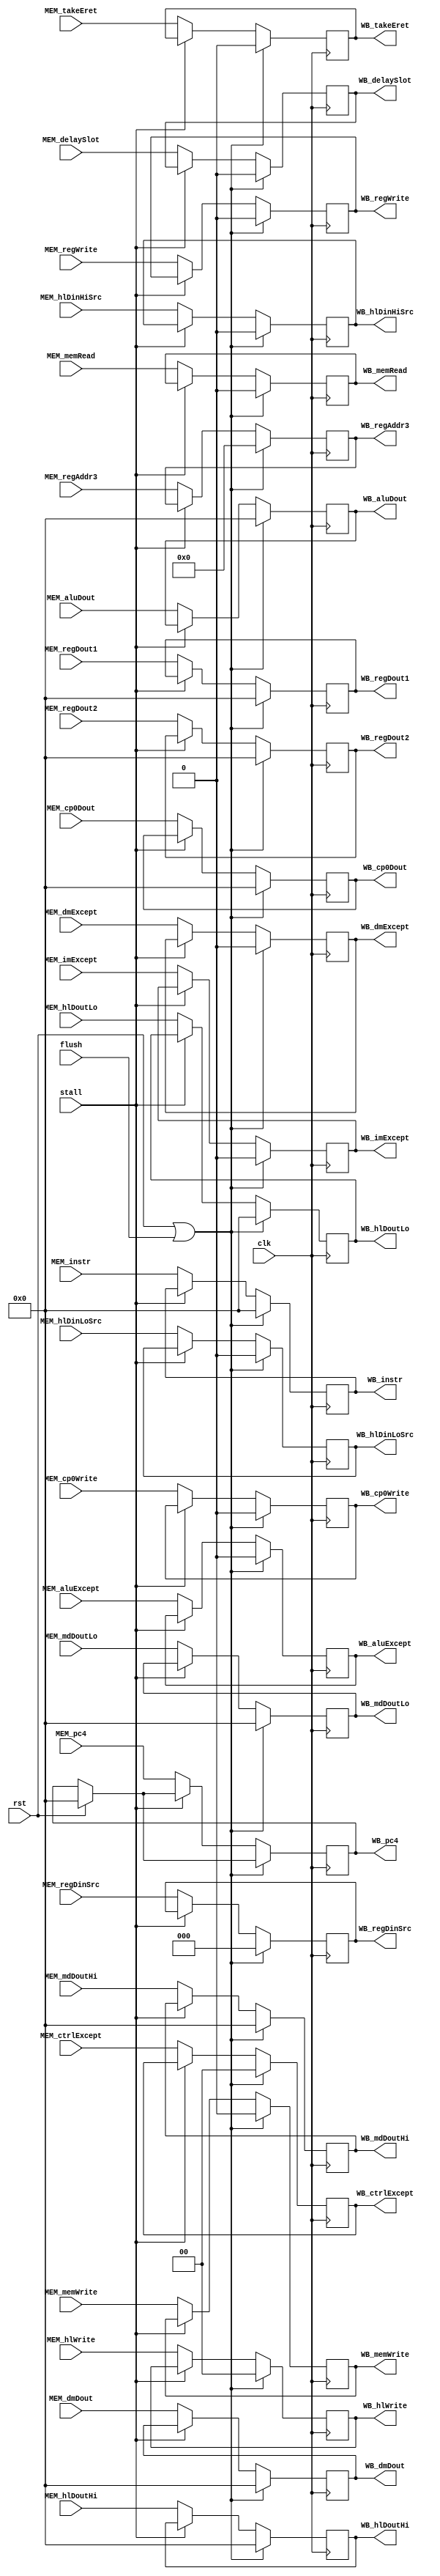
// This file is automatically generated by Script.py.

module MEM_WB(
    input         clk,
    input         rst,
    input         flush,
    input         stall,
    input  [31:0] MEM_pc4,
    input  [31:0] MEM_instr,
    input  [31:0] MEM_aluDout,
    input  [31:0] MEM_regDout1,
    input  [31:0] MEM_regDout2,
    input  [31:0] MEM_mdDoutHi,
    input  [31:0] MEM_mdDoutLo,
    input  [31:0] MEM_hlDoutHi,
    input  [31:0] MEM_hlDoutLo,
    input  [31:0] MEM_dmDout,
    input  [31:0] MEM_cp0Dout,
    input  [ 4:0] MEM_regAddr3,
    input         MEM_imExcept,
    input  [ 1:0] MEM_ctrlExcept,
    input         MEM_aluExcept,
    input         MEM_dmExcept,
    input         MEM_delaySlot,
    input         MEM_memWrite,
    input         MEM_memRead,
    input         MEM_regWrite,
    input  [ 2:0] MEM_regDinSrc,
    input         MEM_cp0Write,
    input  [ 1:0] MEM_hlWrite,
    input         MEM_hlDinHiSrc,
    input         MEM_hlDinLoSrc,
    input         MEM_takeEret,
    output [31:0] WB_pc4,
    output [31:0] WB_instr,
    output [31:0] WB_aluDout,
    output [31:0] WB_regDout1,
    output [31:0] WB_regDout2,
    output [31:0] WB_mdDoutHi,
    output [31:0] WB_mdDoutLo,
    output [31:0] WB_hlDoutHi,
    output [31:0] WB_hlDoutLo,
    output [31:0] WB_dmDout,
    output [31:0] WB_cp0Dout,
    output [ 4:0] WB_regAddr3,
    output        WB_imExcept,
    output [ 1:0] WB_ctrlExcept,
    output        WB_aluExcept,
    output        WB_dmExcept,
    output        WB_delaySlot,
    output        WB_memWrite,
    output        WB_memRead,
    output        WB_regWrite,
    output [ 2:0] WB_regDinSrc,
    output        WB_cp0Write,
    output [ 1:0] WB_hlWrite,
    output        WB_hlDinHiSrc,
    output        WB_hlDinLoSrc,
    output        WB_takeEret
);
    reg    [31:0] pc4Reg;
    reg    [31:0] instrReg;
    reg    [31:0] aluDoutReg;
    reg    [31:0] regDout1Reg;
    reg    [31:0] regDout2Reg;
    reg    [31:0] mdDoutHiReg;
    reg    [31:0] mdDoutLoReg;
    reg    [31:0] hlDoutHiReg;
    reg    [31:0] hlDoutLoReg;
    reg    [31:0] dmDoutReg;
    reg    [31:0] cp0DoutReg;
    reg    [ 4:0] regAddr3Reg;
    reg           imExceptReg;
    reg    [ 1:0] ctrlExceptReg;
    reg           aluExceptReg;
    reg           dmExceptReg;
    reg           delaySlotReg;
    reg           memWriteReg;
    reg           memReadReg;
    reg           regWriteReg;
    reg    [ 2:0] regDinSrcReg;
    reg           cp0WriteReg;
    reg    [ 1:0] hlWriteReg;
    reg           hlDinHiSrcReg;
    reg           hlDinLoSrcReg;
    reg           takeEretReg;

    always @ (posedge clk)
    begin
        if (rst)
            pc4Reg <= 0;
        if (rst || flush)
        begin
            instrReg <= 0;
            aluDoutReg <= 0;
            regDout1Reg <= 0;
            regDout2Reg <= 0;
            mdDoutHiReg <= 0;
            mdDoutLoReg <= 0;
            hlDoutHiReg <= 0;
            hlDoutLoReg <= 0;
            dmDoutReg <= 0;
            cp0DoutReg <= 0;
            regAddr3Reg <= 0;
            imExceptReg <= 0;
            ctrlExceptReg <= 0;
            aluExceptReg <= 0;
            dmExceptReg <= 0;
            delaySlotReg <= 0;
            memWriteReg <= 0;
            memReadReg <= 0;
            regWriteReg <= 0;
            regDinSrcReg <= 0;
            cp0WriteReg <= 0;
            hlWriteReg <= 0;
            hlDinHiSrcReg <= 0;
            hlDinLoSrcReg <= 0;
            takeEretReg <= 0;
        end
        else if (!stall)
        begin
            pc4Reg <= MEM_pc4;
            instrReg <= MEM_instr;
            aluDoutReg <= MEM_aluDout;
            regDout1Reg <= MEM_regDout1;
            regDout2Reg <= MEM_regDout2;
            mdDoutHiReg <= MEM_mdDoutHi;
            mdDoutLoReg <= MEM_mdDoutLo;
            hlDoutHiReg <= MEM_hlDoutHi;
            hlDoutLoReg <= MEM_hlDoutLo;
            dmDoutReg <= MEM_dmDout;
            cp0DoutReg <= MEM_cp0Dout;
            regAddr3Reg <= MEM_regAddr3;
            imExceptReg <= MEM_imExcept;
            ctrlExceptReg <= MEM_ctrlExcept;
            aluExceptReg <= MEM_aluExcept;
            dmExceptReg <= MEM_dmExcept;
            delaySlotReg <= MEM_delaySlot;
            memWriteReg <= MEM_memWrite;
            memReadReg <= MEM_memRead;
            regWriteReg <= MEM_regWrite;
            regDinSrcReg <= MEM_regDinSrc;
            cp0WriteReg <= MEM_cp0Write;
            hlWriteReg <= MEM_hlWrite;
            hlDinHiSrcReg <= MEM_hlDinHiSrc;
            hlDinLoSrcReg <= MEM_hlDinLoSrc;
            takeEretReg <= MEM_takeEret;
        end
    end

    assign WB_pc4 = pc4Reg;
    assign WB_instr = instrReg;
    assign WB_aluDout = aluDoutReg;
    assign WB_regDout1 = regDout1Reg;
    assign WB_regDout2 = regDout2Reg;
    assign WB_mdDoutHi = mdDoutHiReg;
    assign WB_mdDoutLo = mdDoutLoReg;
    assign WB_hlDoutHi = hlDoutHiReg;
    assign WB_hlDoutLo = hlDoutLoReg;
    assign WB_dmDout = dmDoutReg;
    assign WB_cp0Dout = cp0DoutReg;
    assign WB_regAddr3 = regAddr3Reg;
    assign WB_imExcept = imExceptReg;
    assign WB_ctrlExcept = ctrlExceptReg;
    assign WB_aluExcept = aluExceptReg;
    assign WB_dmExcept = dmExceptReg;
    assign WB_delaySlot = delaySlotReg;
    assign WB_memWrite = memWriteReg;
    assign WB_memRead = memReadReg;
    assign WB_regWrite = regWriteReg;
    assign WB_regDinSrc = regDinSrcReg;
    assign WB_cp0Write = cp0WriteReg;
    assign WB_hlWrite = hlWriteReg;
    assign WB_hlDinHiSrc = hlDinHiSrcReg;
    assign WB_hlDinLoSrc = hlDinLoSrcReg;
    assign WB_takeEret = takeEretReg;

endmodule